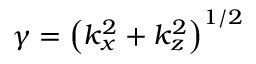
\gamma = \left( k _ { x } ^ { 2 } + k _ { z } ^ { 2 } \right) ^ { 1 / 2 }